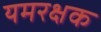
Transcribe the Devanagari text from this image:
यमरक्षक